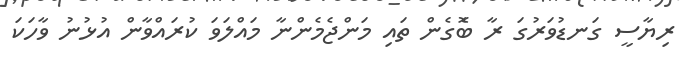
ރިޔާސީ ގަނޑުވަރުގަ ރާ ބޮެގެން ތައި މަންޖެމެންނާ މައްލަވަ ކުރައްވާން އުޅުނު ވާހަކަ